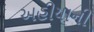
અહીયાની